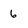
Character: 6